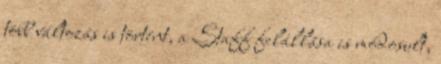
több változás is történt, a Staff felállása is módosult,